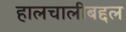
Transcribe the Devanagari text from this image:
हालचालीबद्दल